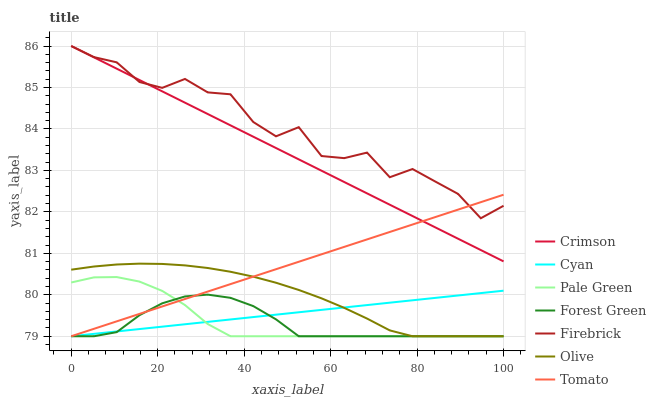
| xaxis_label | Crimson | Cyan | Pale Green | Forest Green | Firebrick | Olive | Tomato |
 | --- | --- | --- | --- | --- | --- | --- | --- |
 | 0 | 86 | 79 | 80.3 | 79 | 86 | 80.6 | 79 |
 | 5.26 | 85.7 | 79.1 | 80.4 | 79 | 85.7 | 80.7 | 79.2 |
 | 10.5 | 85.5 | 79.1 | 80.4 | 79.1 | 85.6 | 80.7 | 79.4 |
 | 15.8 | 85.2 | 79.2 | 80.3 | 79.5 | 85.1 | 80.8 | 79.5 |
 | 21.1 | 84.9 | 79.2 | 80.1 | 79.8 | 85 | 80.7 | 79.7 |
 | 26.3 | 84.6 | 79.3 | 79.8 | 80 | 85.2 | 80.7 | 79.9 |
 | 31.6 | 84.4 | 79.3 | 79.3 | 80 | 84.9 | 80.6 | 80.1 |
 | 36.8 | 84.1 | 79.4 | 79 | 79.9 | 84.8 | 80.6 | 80.3 |
 | 42.1 | 83.8 | 79.5 | 79 | 79.7 | 84.2 | 80.4 | 80.4 |
 | 47.4 | 83.5 | 79.5 | 79 | 79.4 | 83.8 | 80.3 | 80.6 |
 | 52.6 | 83.3 | 79.6 | 79 | 79 | 84 | 80.1 | 80.8 |
 | 57.9 | 83 | 79.6 | 79 | 79 | 83.3 | 79.9 | 81 |
 | 63.2 | 82.7 | 79.7 | 79 | 79 | 83.3 | 79.7 | 81.2 |
 | 68.4 | 82.4 | 79.8 | 79 | 79 | 83.4 | 79.4 | 81.3 |
 | 73.7 | 82.2 | 79.8 | 79 | 79 | 82.8 | 79.1 | 81.5 |
 | 78.9 | 81.9 | 79.9 | 79 | 79 | 83 | 79 | 81.7 |
 | 84.2 | 81.6 | 79.9 | 79 | 79 | 82.7 | 79 | 81.9 |
 | 89.5 | 81.4 | 80 | 79 | 79 | 82.4 | 79 | 82.1 |
 | 94.7 | 81.1 | 80 | 79 | 79 | 81.8 | 79 | 82.2 |
 | 100 | 80.8 | 80.1 | 79 | 79 | 82.1 | 79 | 82.4 |